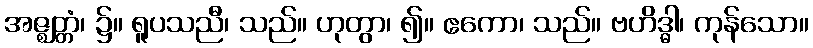
အဇ္ဈတ္တံ၊ ၌။ ရူပသညီ၊ သည်။ ဟုတွာ၊ ၍။ ဧကော၊ သည်။ ဗဟိဒ္ဓါ၊ ကုန်သော။